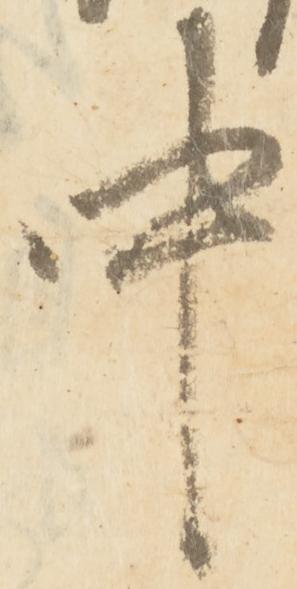
中